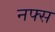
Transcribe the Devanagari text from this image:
नफ्स